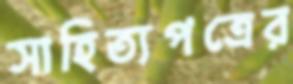
সাহিত্যপত্রের